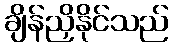
ချိန်ညှိနိုင်သည်